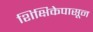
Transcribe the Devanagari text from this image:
शिक्षिकेपासून